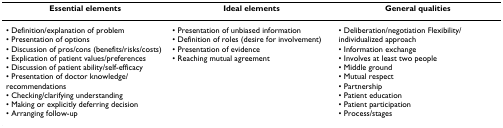
| Essential elements | Ideal elements | General qualities |
 | --- | --- | --- |
 | • Definition/explanation of problem• Presentation of options• Discussion of pros/cons (benefits/risks/costs)• Explication of patient values/preferences• Discussion of patient ability/self-efficacy• Presentation of doctor knowledge/recommendations• Checking/clarifying understanding• Making or explicitly deferring decision• Arranging follow-up | • Presentation of unbiased information• Definition of roles (desire for involvement)• Presentation of evidence• Reaching mutual agreement | • Deliberation/negotiation Flexibility/individualized approach• Information exchange• Involves at least two people• Middle ground• Mutual respect• Partnership• Patient education• Patient participation• Process/stages |